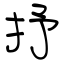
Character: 抒